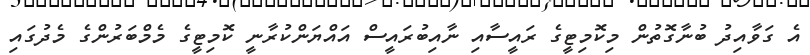
އެ ގަވާއިދު ބުނާގޮތުން މިކޮމިޓީގެ ރައީސާއި ނާއިބުރައީސް އައްޔަންކުރާނީ ކޮމިޓީގެ މެމްބަރުންގެ މެދުގައި